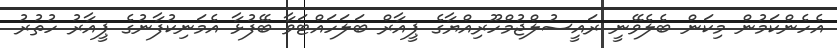
އެހެންކަމުން މިކަން ބެލެވޭނީ ރައީސުލްޖުމްހޫރިއްޔާގެ ޕީއާރް ބަލަހައްޓަވާ ބޭފުޅާ އެމަނިކުފާނުގެ ޕީއާރު ހުތުރު